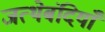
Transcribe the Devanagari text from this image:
जत्थेबंदियाँ